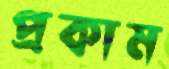
প্রকাম